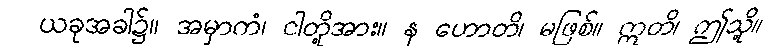
ယခုအခါ၌။ အမှာကံ၊ ငါတို့အား။ န ဟောတိ၊ မဖြစ်။ ဣတိ၊ ဤသို့။